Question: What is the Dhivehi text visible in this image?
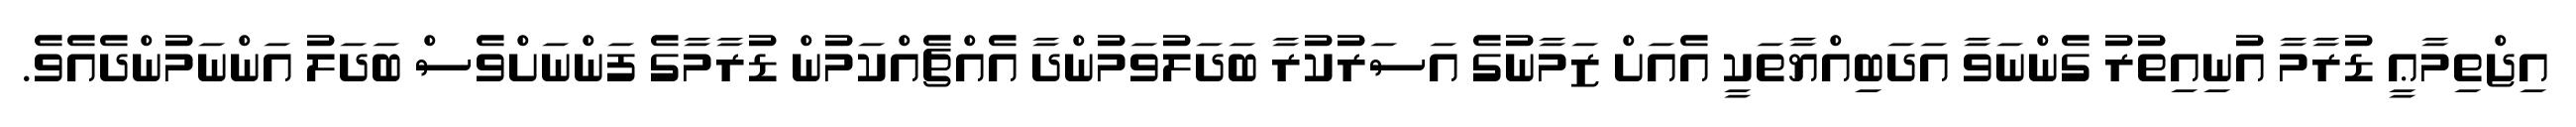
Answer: އިޖްތިމާޢީ ޑުރާމާ އުނިއިތުރު ގެންނަވާ އަދަބިއްޔާތަކީ އެއަށް ޒަމާނުގެ އަސަރުކުރާ ބަދަލުވަމުންދާ އެއްޗެއްކަމުން ޑުރާމާގެ ފަންނަށްވެސް ބަދަލު އަންނަމުންދެއެވެ.